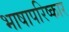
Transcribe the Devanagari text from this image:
भाषापरिष्कार